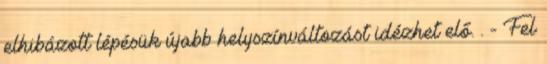
elhibázott lépésük újabb helyszínváltozást idézhet elő. . - Fel